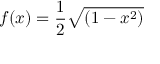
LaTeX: f ( x ) = { \frac { 1 } { 2 } } { \sqrt { ( 1 - x ^ { 2 } ) } }